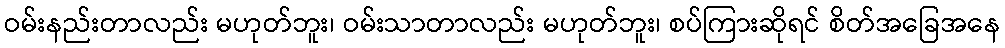
ဝမ်းနည်းတာလည်း မဟုတ်ဘူး၊ ဝမ်းသာတာလည်း မဟုတ်ဘူး၊ စပ်ကြားဆိုရင် စိတ်အခြေအနေ